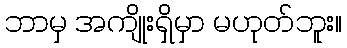
ဘာမှ အကျိုးရှိမှာ မဟုတ်ဘူး။